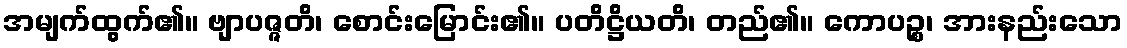
အမျက်ထွက်၏။ ဗျာပဇ္ဇတိ၊ စောင်းမြောင်း၏။ ပတိဋ္ဌိယတိ၊ တည်၏။ ကောပဉ္စ၊ အားနည်းသော